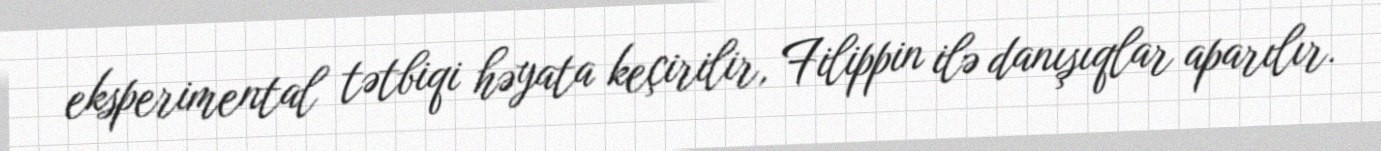
eksperimental tətbiqi həyata keçirilir, Filippin ilə danışıqlar aparılır.